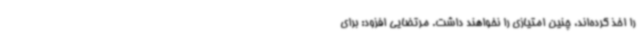
را اخذ کرده‌اند، چنین امتیازی را نخواهند داشت. مرتضایی افزود: برای